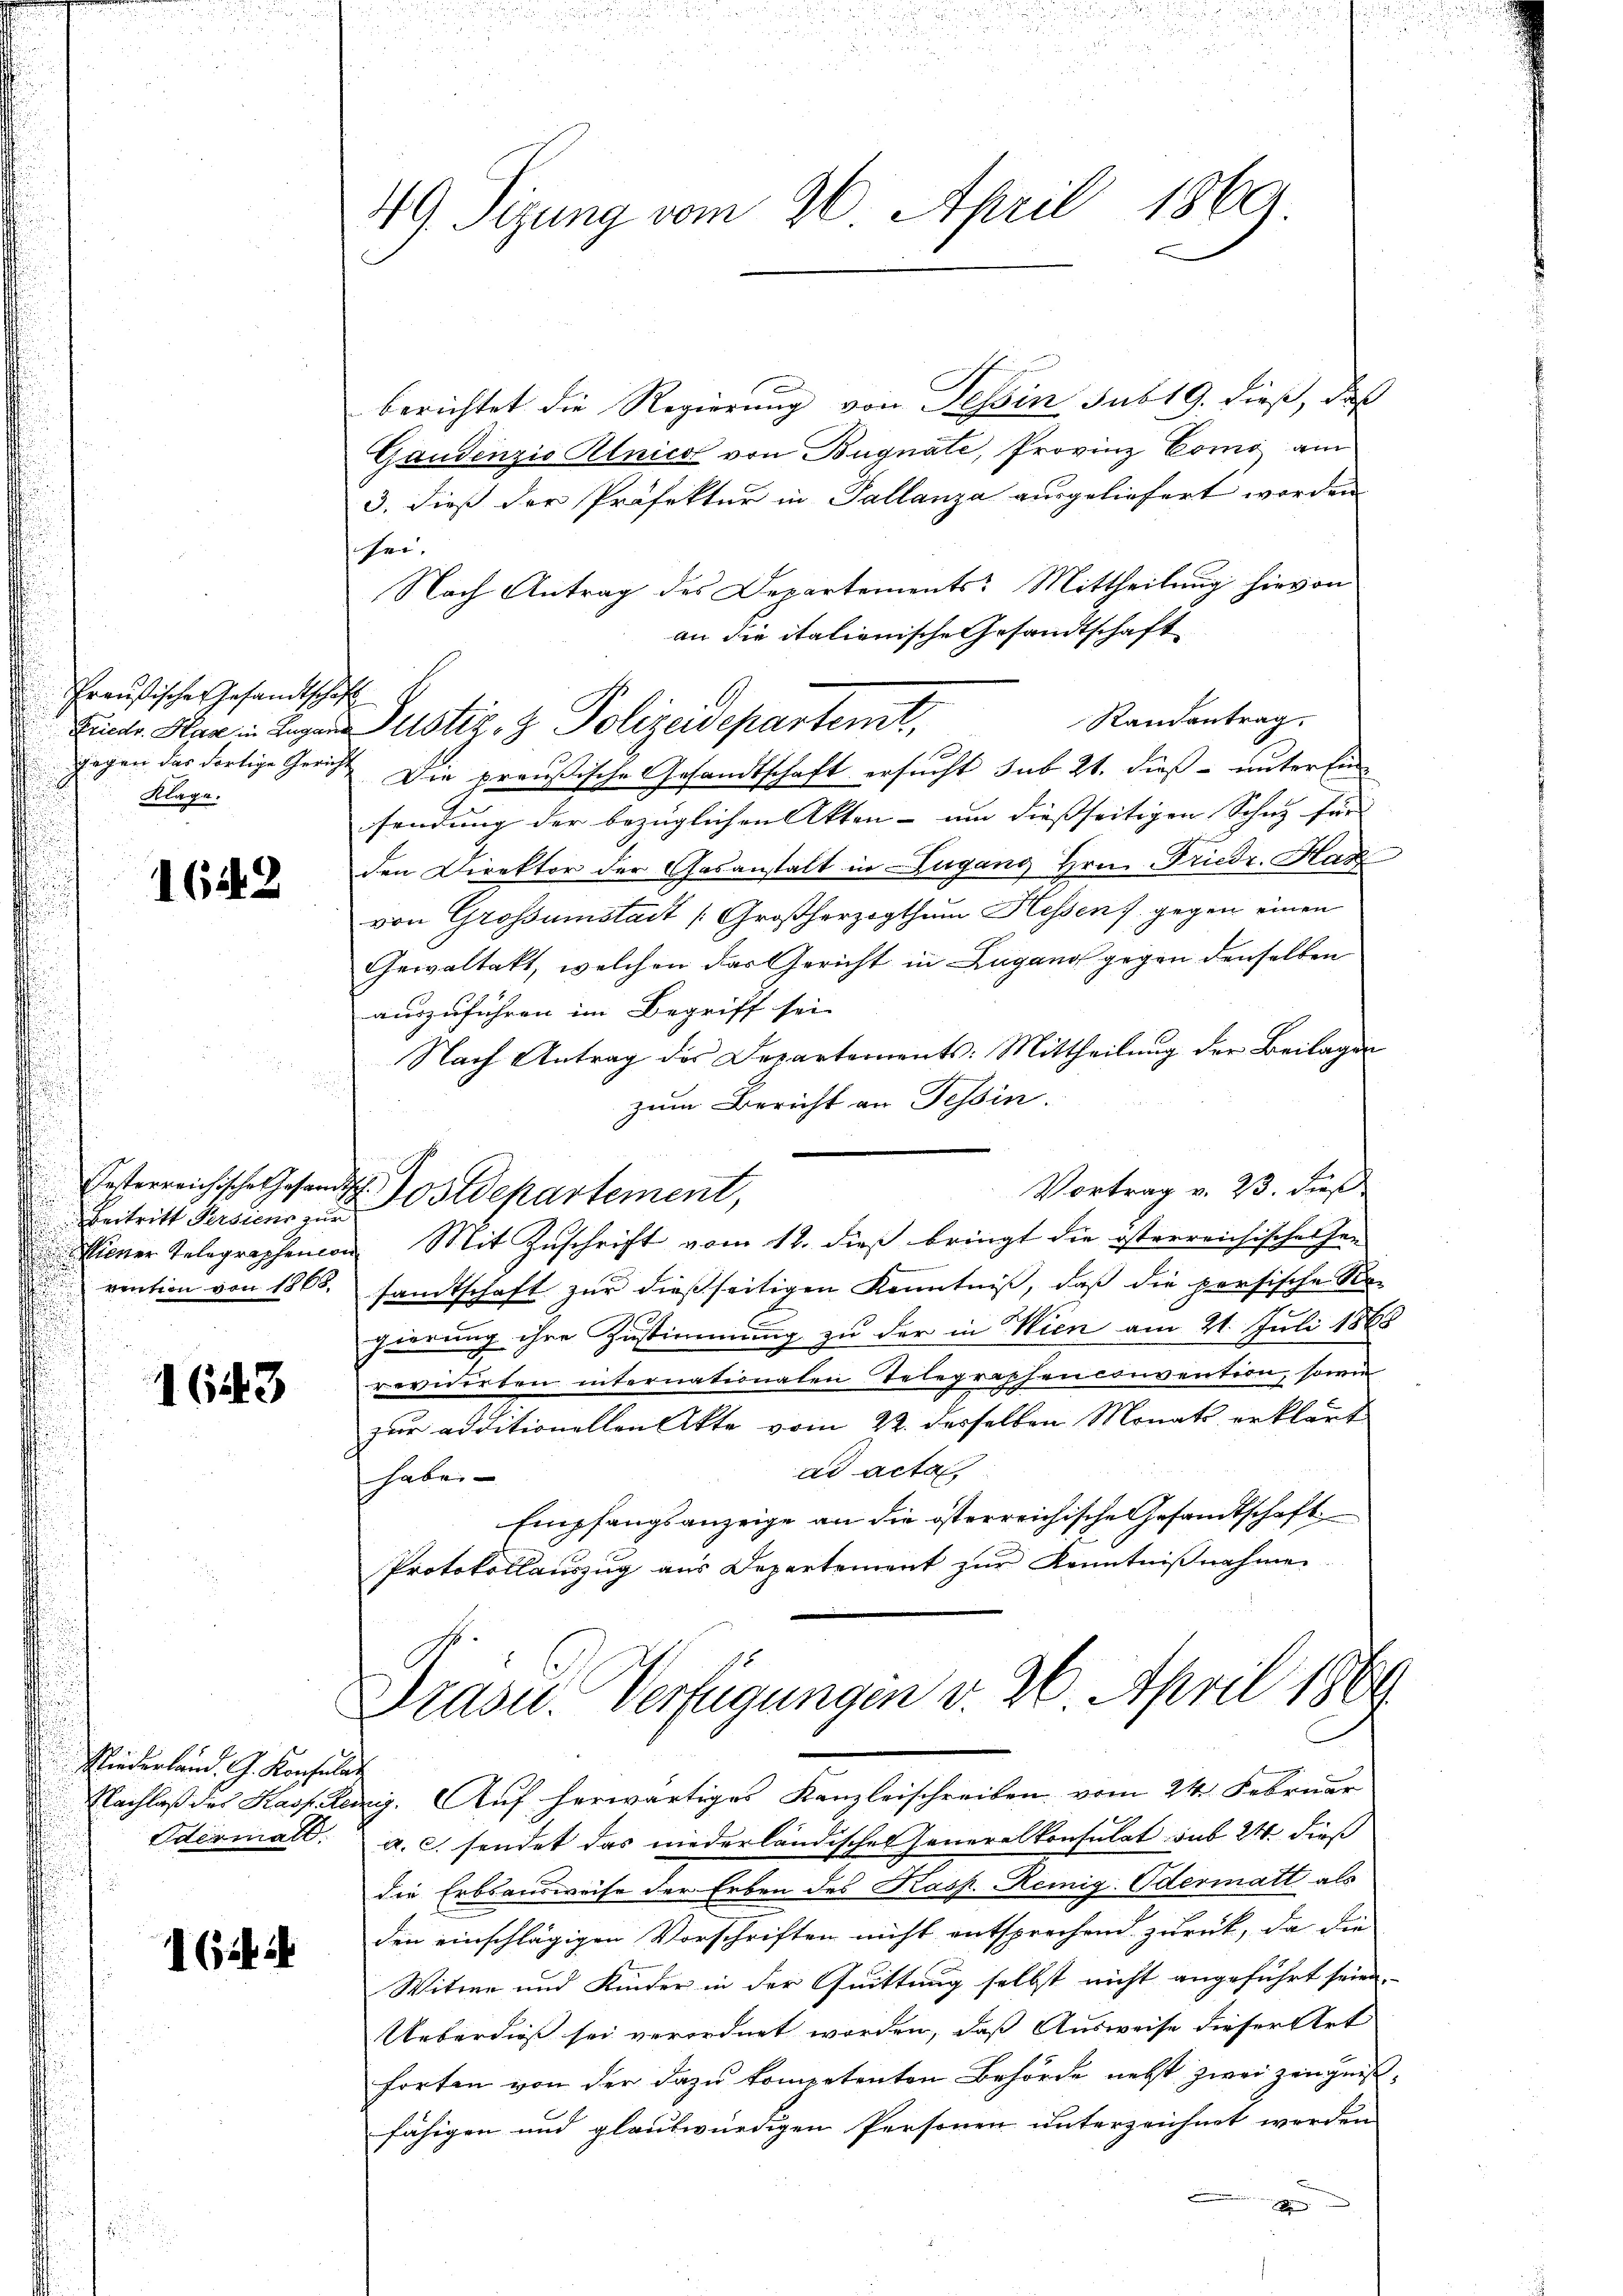
Preußische Gesandtschaft
Gegen der dortige Gericht
Klage.

1648

Beitritt Persiens zur
¬
 vention von 1808.

6543

Niederland. G. Konsulat
Edermalt.

Cit ih

49. Sizung vom 26. April 1869

berichtet die Regierung von Tessin sub 19. dieß, daß
Gaudenzio Klnico von Bugnate, Provinz Como am
3. dieß der Präfektur in Tallanza ausgeliefert worden
fen.
Nach Antrag des Departements: Mittheilung hievon
an die italienische Gesandtschaft
Randantrag.
Die preußische Gesandtschaft ersucht sub 21. dieß unter Ein
sendung der bezüglichen Akten - um diessseitigen Schutz für |
den Direktor der Gasanstalt in Lugang Hrn. Friedr. Hag
von Grossumstadt [Großherzogthum Hessen) gegen einen
Gewaltakt, welchen das Gericht in Lugano gegen denselben
auszuführen im Begriff sei
Nach Antrag des Departements: Mittheilung der Beilagen
zum Bericht an Tessin.
Miener Telegraphencon. Mit Zuschrift vom 12. dieß bringt die österreichisches see
sandtschaft zur dießseitigen Kenntniß, daß die persische Re-
gierung ihre Zustimmung zu der in Wien am 21. Juli 1860
revidirten internationalen Telegraphenconvention, sowie
zur additionellen Akte vom 22. desselben Monats erklärt
ad acta
habe.
Empfangsanzeige an die österreichische Gesandtschaft
Protokollauszug aus Departement zur Kenntnißnahmen.
Drase. Verfügungen v. 26. April 1864
Nachlaß des Kasp. Lary. Auf herwärtiges Kanzleischreiben vom 24. Februar
a.c. sendet das niederländisches Generalkonsulat sub 24 dieß
die Erbsausweise der Erben des Kasp. Remig. Odermatt als
den einschlägigen Vorschriften nicht entsprechend zurück, da die
Witwe und Kinder in der Quittung selbst nicht angeführt seien.
Ueberdieß sei verordnet worden, daß Ausweise dieser Art
forten von der dazu kompetenten Behörde nebst zwei Zeugnis
fähigen und glaubwürdigen Personen unterzeichnet werden

Finde War in Legen Justiz- & Polizeidepartent,

Oesterreichische Gesandt Postdepartement,

Vortrag v. 23. dieß